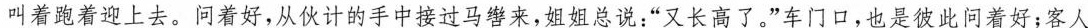
叫着跑着迎上去。问着好,从伙计的手中接过马缪来,姐姐总说:“又长高了。”车门口,也是彼此问着好;客人